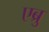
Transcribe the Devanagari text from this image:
एब्रु